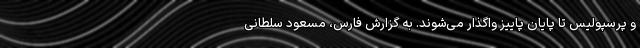
و پرسپولیس تا پایان پاییز واگذار می‌شوند. به گزارش فارس، مسعود سلطانی